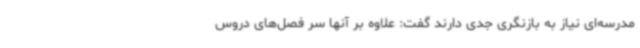
مدرسه‌ای نیاز به بازنگری جدی دارند گفت: علاوه بر آنها سر فصل‌های دروس